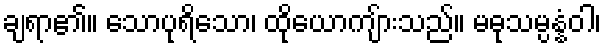
ချရာ၏။ သောပုရိသော၊ ထိုယောကျ်ားသည်။ မဓုသမ္ပန္နံဝါ၊